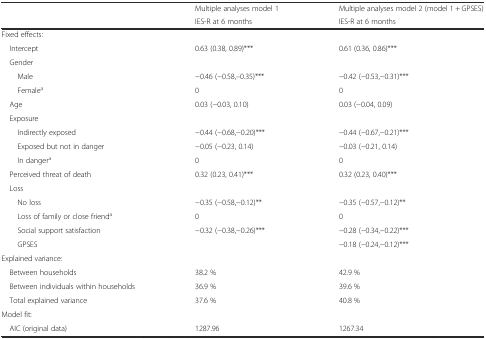
<table><thead><tr><td></td><td><b>Multiple analyses model 1</b></td><td><b>Multiple analyses model 2 (model 1 + GPSES)</b></td></tr><tr><td></td><td><b>IES-R at 6 months</b></td><td><b>IES-R at 6 months</b></td></tr></thead><tbody><tr><td colspan="3">Fixed effects:</td></tr><tr><td> Intercept</td><td>0.63 (0.38, 0.89)***</td><td>0.61 (0.36, 0.86)***</td></tr><tr><td colspan="3"> Gender</td></tr><tr><td>Male</td><td>−0.46 (−0.58,–0.35)***</td><td>−0.42 (−0.53,−0.31)***</td></tr><tr><td>Female<sup>a</sup></td><td>0</td><td>0</td></tr><tr><td> Age</td><td>0.03 (−0.03, 0.10)</td><td>0.03 (−0.04, 0.09)</td></tr><tr><td colspan="3"> Exposure</td></tr><tr><td>Indirectly exposed</td><td>−0.44 (−0.68,−0.20)***</td><td>−0.44 (−0.67,−0.21)***</td></tr><tr><td>Exposed but not in danger</td><td>−0.05 (−0.23, 0.14)</td><td>−0.03 (−0.21, 0.14)</td></tr><tr><td>In danger<sup>a</sup></td><td>0</td><td>0</td></tr><tr><td> Perceived threat of death</td><td>0.32 (0.23, 0.41)***</td><td>0.32 (0.23, 0.40)***</td></tr><tr><td colspan="3"> Loss</td></tr><tr><td>No loss</td><td>−0.35 (−0.58,−0.12)**</td><td>−0.35 (−0.57,−0.12)**</td></tr><tr><td>Loss of family or close friend<sup>a</sup></td><td>0</td><td>0</td></tr><tr><td>Social support satisfaction</td><td>−0.32 (−0.38,−0.26)***</td><td>−0.28 (−0.34,−0.22)***</td></tr><tr><td>GPSES</td><td></td><td>−0.18 (−0.24,−0.12)***</td></tr><tr><td colspan="3">Explained variance:</td></tr><tr><td> Between households</td><td>38.2 %</td><td>42.9 %</td></tr><tr><td> Between individuals within households</td><td>36.9 %</td><td>39.6 %</td></tr><tr><td> Total explained variance</td><td>37.6 %</td><td>40.8 %</td></tr><tr><td colspan="3">Model fit:</td></tr><tr><td> AIC (original data)</td><td>1287.96</td><td>1267.34</td></tr></tbody></table>